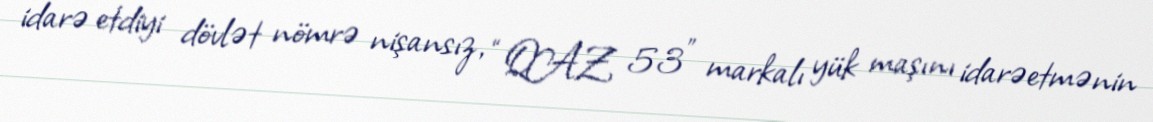
idarə etdiyi dövlət nömrə nişansız, “QAZ 53” markalı yük maşını idarəetmənin